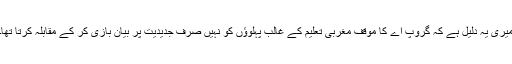
میری یہ دلیل ہے کہ گروپ اے کا موقف مغربی تعلیم کے غالب پہلوؤں کو نہیں صرف جدیدیت پر بیان بازی کر کے مقابلہ کرتا تھا۔